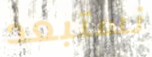
نستبعد